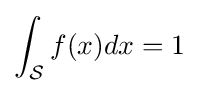
\int _{\mathcal {S}}f(x)dx=1